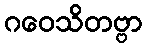
ဂဝေသိတဗ္ဗာ